Vabadussoja_Ajaloo_Komitee, lk 10
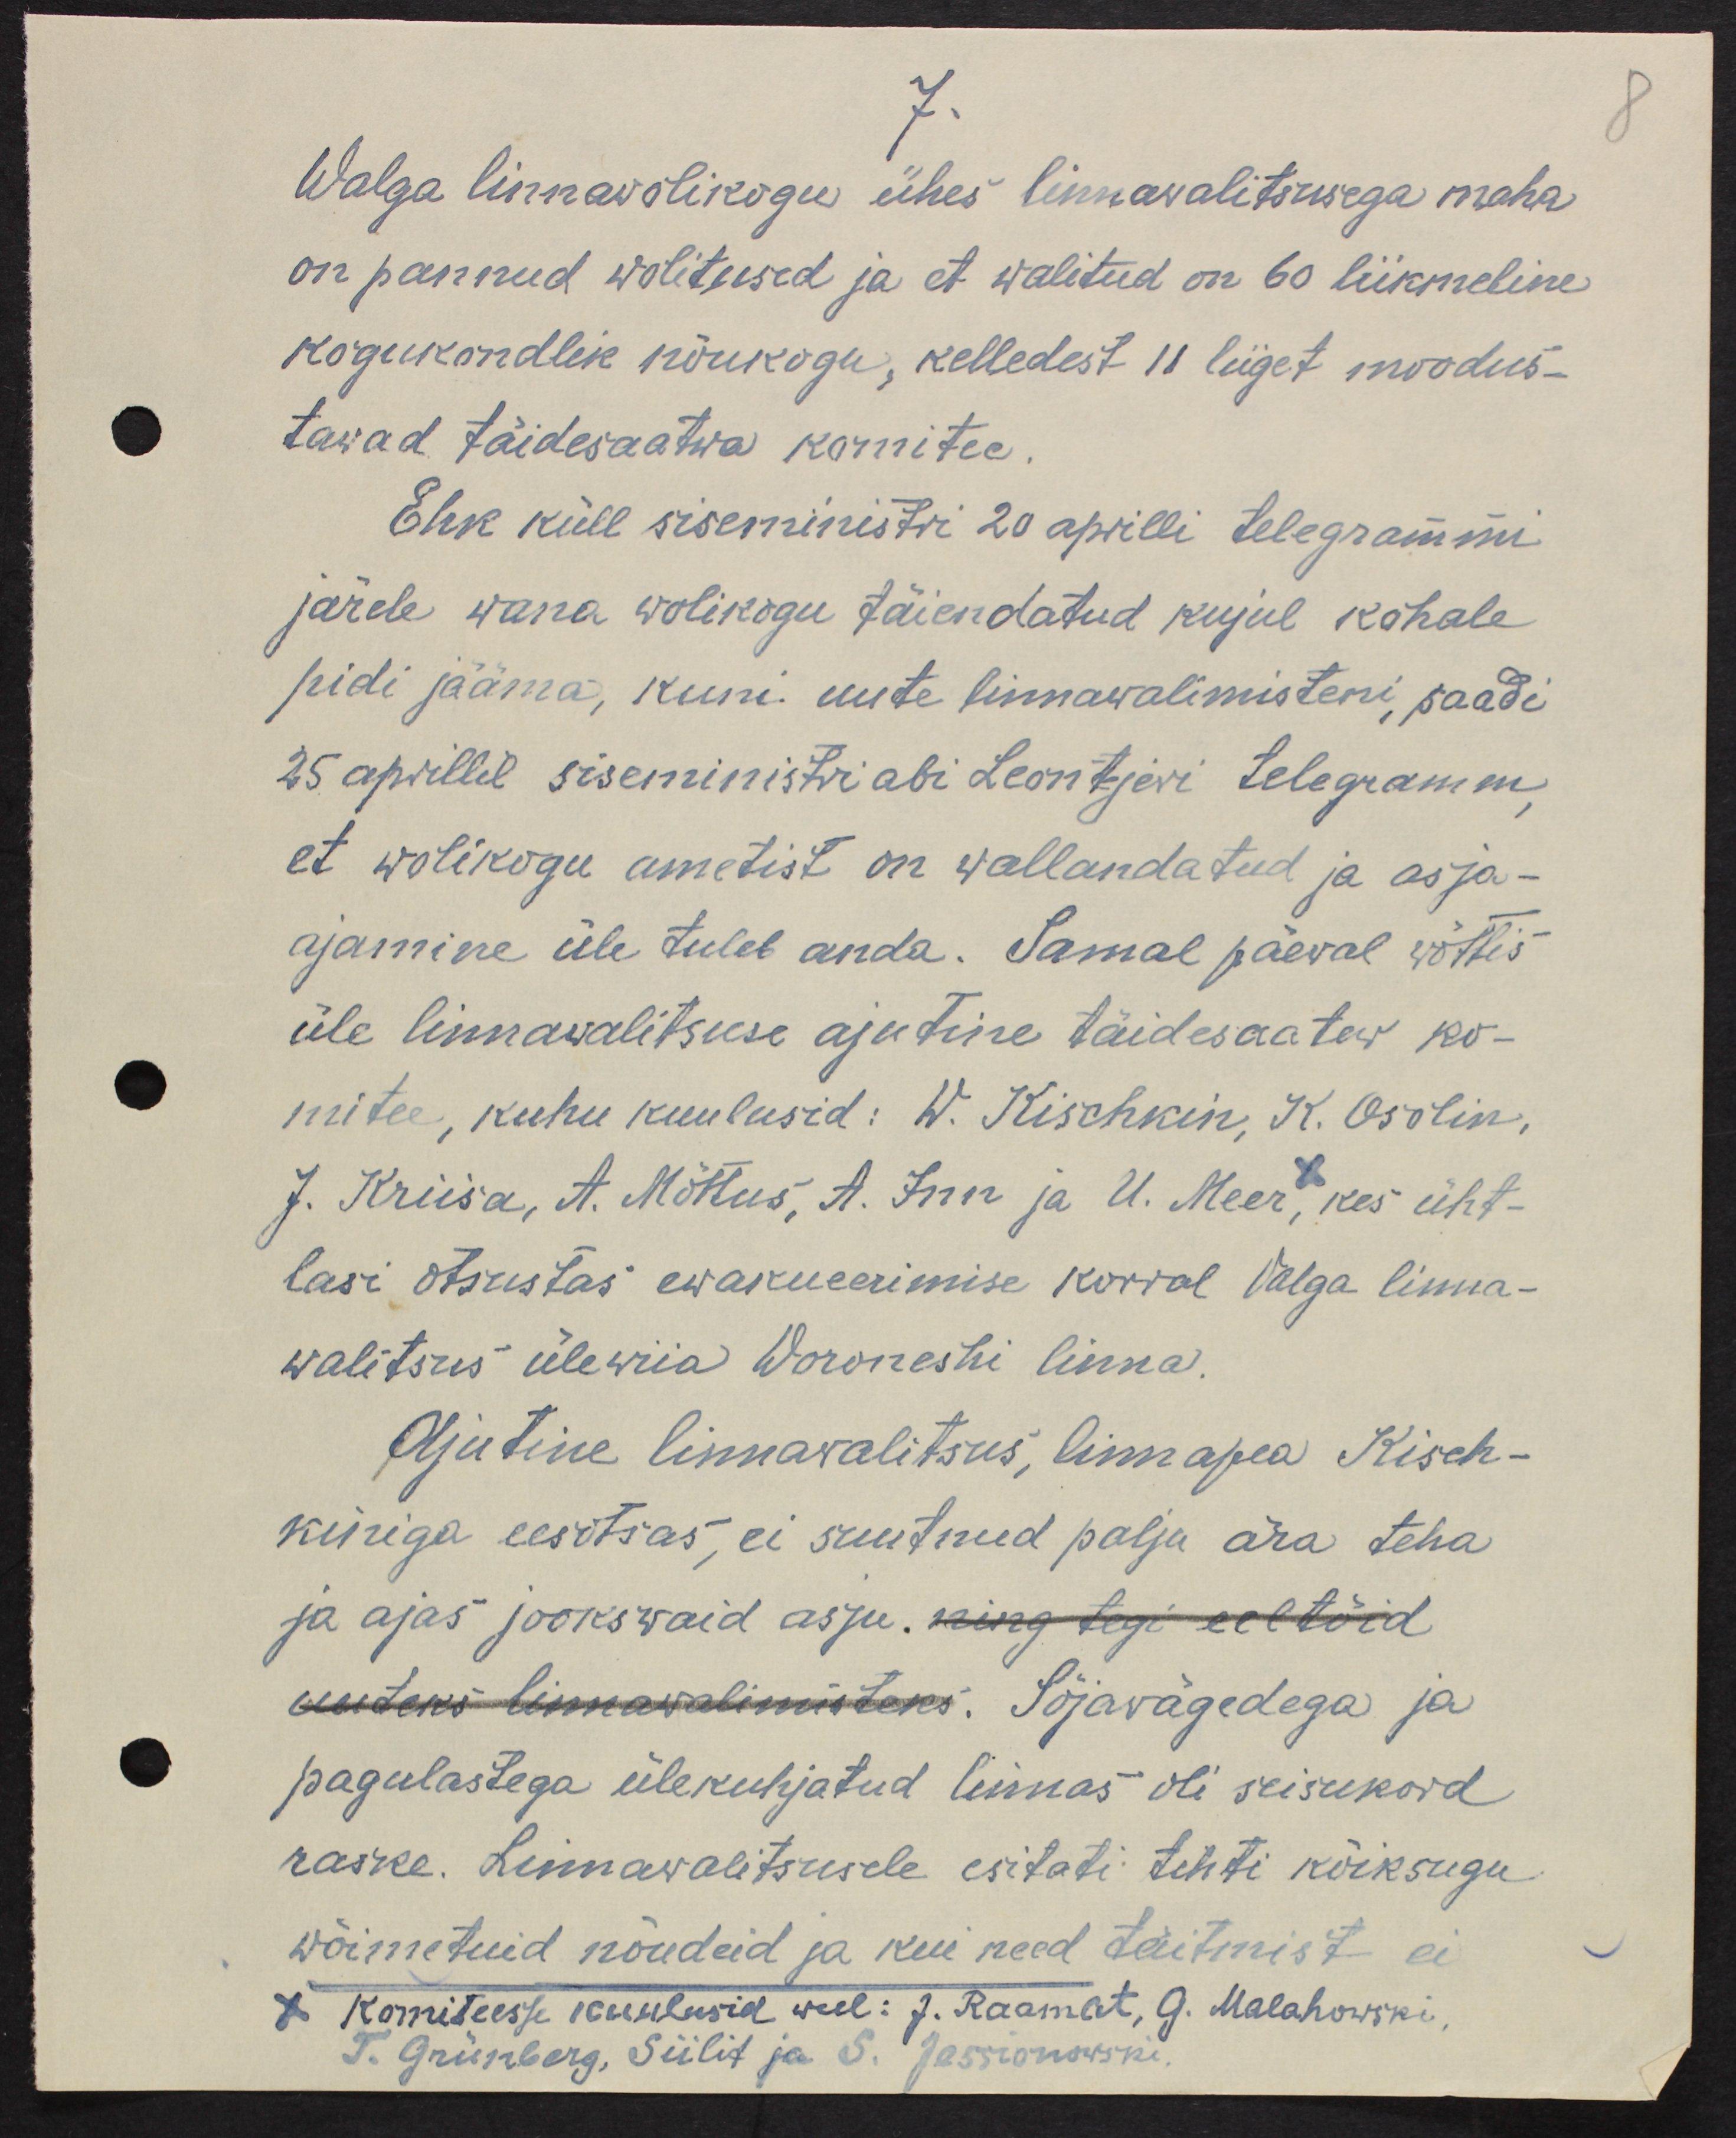
7.
Walga linnawolikogu ühes linnawalitsusega maha
on pannud wolitused ja et walitud on 60 liikmeline
kogukondlik nõukogu, kelledest 11 liiget moodus-
tavad täidesaatwa komitee.
Ehk küll siseministri 20 aprilli telegrammi
järele wana wolikogu täiendatud kujul kohale
pidi jääma, kuni uute linnavalimisteni, saadi
25 aprillil siseministri abi Leontjevi telegramm
et wolikogu ametist on wallandatud ja asja-
ajamine üle tuleb anda. Samal päeval wõttis
üle linnawalitsuse ajutise täidesaatew ko-
mitee, kuhu kuulusid: W. Kischkin, K. Osolin,
J. Kriisa, A. Mõttus, A. Inn. ja U. Meer, kes üht-
lasi otsustas ewakueerimise korral Valga linna-
walitsus ülewiia Woroneshi linna.
Ajutine linnawalitsus, linnapea Kisch-
kiniga eesotsas, ei suutnud palju ära teha
ja ajas jookswaid asju. ning tegi eeltöid
uuteks linnawalimisteks. Sõjavägedega ja
pagulastega ülekuhjatud linnas oli seisukord
raske. Linnawalitsusele esitati tihti kõiksugu
wõimetuid nõudeid ja kui need täitmist ei
komiteesse kuulusid weel: J. Raamat, G. Malakowski
T. Grünberg, Siilid ja S. Jassionowski.